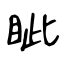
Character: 眦